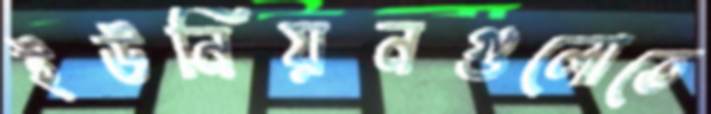
ইউনিয়নগুলোতে